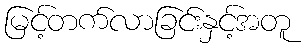
မြင့်တက်လာခြင်းနှင့်အတူ